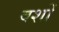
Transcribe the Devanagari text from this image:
वशों